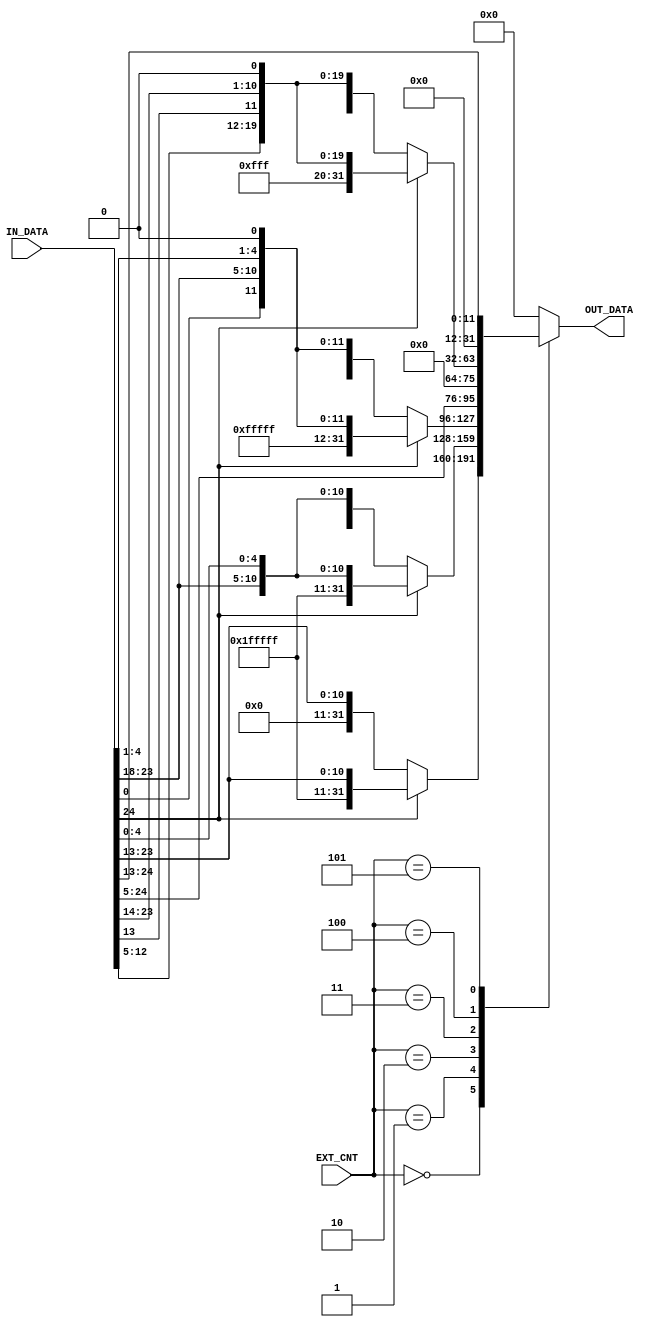
`timescale 1ns / 1ps
//////////////////////////////////////////////////////////////////////////////////
// Company: 
// 
// Design Name: 
// Module Name: 32bitEXTENDER
// Project Name: 
// Target Devices: 
// Tool Versions: 
// Description: 
// 
// Dependencies: 
// 
// Revision:
// Revision 0.01 - File Created
// Additional Comments:
// 
//////////////////////////////////////////////////////////////////////////////////


module ImmEXTENDER_32bit(
    input [2:0] EXT_CNT,
    input [24:0] IN_DATA, //ins[31:7]
    output [31:0] OUT_DATA
    );
    
    reg [31:0] OUT_DATA_L;
    
    always@(EXT_CNT or IN_DATA)
    begin
        case(EXT_CNT)
            3'b000:                 //I typre
            begin
                if(IN_DATA[24] == 1'b1)
                    OUT_DATA_L = {20'b11111111111111111111,IN_DATA[24:13]};
                else 
                    OUT_DATA_L = {20'd0,IN_DATA[24:13]};
            end
            3'b001:                 //S type
            begin
                if(IN_DATA[24]==1'b1)
                    OUT_DATA_L = {20'b11111111111111111111,IN_DATA[24:18],IN_DATA[4:0]};
                else
                    OUT_DATA_L = {20'd0,IN_DATA[24:18],IN_DATA[4:0]};
            end
            3'b010:                 //SB type
            begin
                if(IN_DATA[24]==1'b1)
                    OUT_DATA_L = {20'b11111111111111111111,IN_DATA[0],IN_DATA[23:18],IN_DATA[4:1],1'b0};
                else
                    OUT_DATA_L = {20'd0,IN_DATA[0],IN_DATA[23:18],IN_DATA[4:1],1'b0};
            end
            3'b011:                //U type
                    OUT_DATA_L = {IN_DATA[24:5],12'd0};
            3'b100:                //UJ type
            begin
                if(IN_DATA[24]==1'b1)
                    OUT_DATA_L = {12'b111111111111,IN_DATA[12:5],IN_DATA[13],IN_DATA[23:18],IN_DATA[17:14],1'b0};
                else
                    OUT_DATA_L = {12'd0,IN_DATA[12:5],IN_DATA[13],IN_DATA[23:18],IN_DATA[17:14],1'b0};
            end
            3'b101:
            begin
                OUT_DATA_L = {20'd0,IN_DATA[24:13]};
            end
            default:
                    OUT_DATA_L =32'd0;
        endcase
    end
    
    assign OUT_DATA = OUT_DATA_L;
endmodule